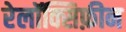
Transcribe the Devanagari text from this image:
रेलॉक्सिफ़ीन